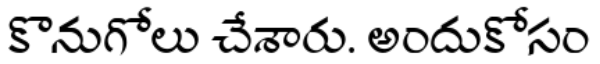
కొనుగోలు చేశారు. అందుకోసం